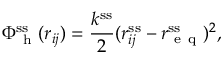
\Phi _ { \mathrm { ~ h ~ } } ^ { \mathrm { s s } } ( r _ { i j } ) = \frac { k ^ { \mathrm { s s } } } { 2 } ( r _ { i j } ^ { \mathrm { s s } } - r _ { \mathrm { ~ e ~ q ~ } } ^ { \mathrm { s s } } ) ^ { 2 } ,